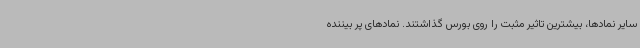
سایر نمادها، بیشترین تاثیر مثبت را روی بورس گذاشتند. نمادهای پر بیننده